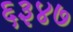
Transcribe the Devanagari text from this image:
६३४७